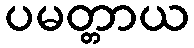
ပမတ္တာယ